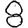
Digit: 8